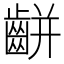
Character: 𪘀